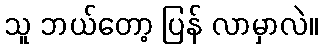
သူ ဘယ်တော့ ပြန် လာမှာလဲ။